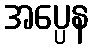
အပ္ပေန